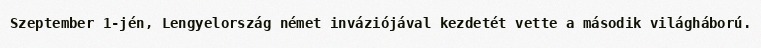
Szeptember 1-jén, Lengyelország német inváziójával kezdetét vette a második világháború.